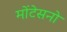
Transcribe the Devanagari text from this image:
मोंटेसनो